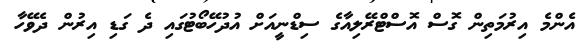
އެންމެ އިރުމަތިން ގޮސް އޮސްޓްރޭލިއާގެ ސިޑްނީއަށް އުދުހޭބޯޓުގައި ދެ ގަޑި އިރުން ދެވޭހާ